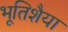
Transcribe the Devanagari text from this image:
भूतिशैया